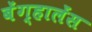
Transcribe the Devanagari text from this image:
बेंग्हालेंस